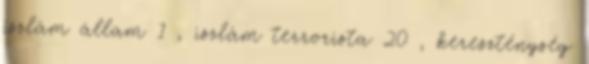
iszlám állam 1 , iszlám terrorista 20 , kereszténység